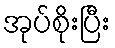
အုပ်စိုးပြီး